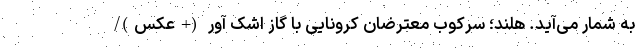
به شمار می‌آید. هلند؛ سرکوب معترضان کرونایی با گاز اشک آور (+عکس)/